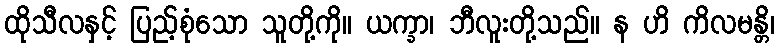
ထိုသီလနှင့် ပြည့်စုံသော သူတို့ကို။ ယက္ခာ၊ ဘီလူးတို့သည်။ န ဟိ ကိလမန္တိ၊